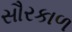
સૌરકાળ